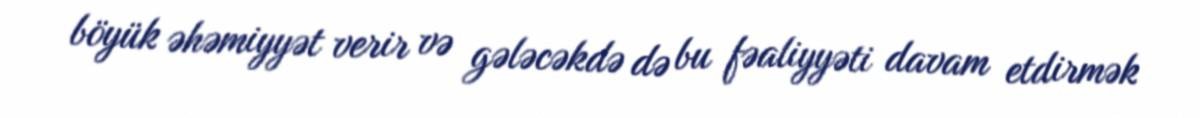
böyük əhəmiyyət verir və gələcəkdə də bu fəaliyyəti davam etdirmək